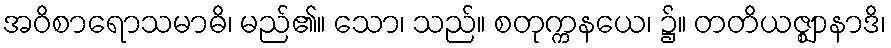
အဝိစာရောသမာဓိ၊ မည်၏။ သော၊ သည်။ စတုက္ကနယေ၊ ၌။ တတိယဇ္ဈာနာဒိ၊